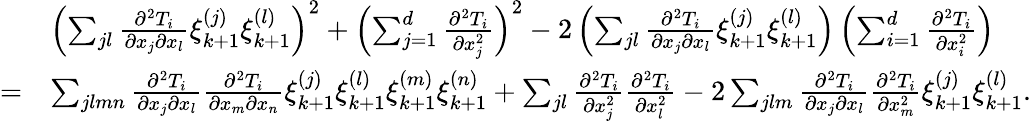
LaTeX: \begin{array}{rl}&{\left(\sum_{jl}\frac{\partial^{2}T_{i}}{\partial x_{j}\partial x_{l}}\xi_{k+1}^{(j)}\xi_{k+1}^{(l)}\right)^{2}+\left(\sum_{j=1}^{d}\frac{\partial^{2}T_{i}}{\partial x_{j}^{2}}\right)^{2}-2\left(\sum_{jl}\frac{\partial^{2}T_{i}}{\partial x_{j}\partial x_{l}}\xi_{k+1}^{(j)}\xi_{k+1}^{(l)}\right)\left(\sum_{i=1}^{d}\frac{\partial^{2}T_{i}}{\partial x_{i}^{2}}\right)}\\ {=}&{\sum_{jlmn}\frac{\partial^{2}T_{i}}{\partial x_{j}\partial x_{l}}\frac{\partial^{2}T_{i}}{\partial x_{m}\partial x_{n}}\xi_{k+1}^{(j)}\xi_{k+1}^{(l)}\xi_{k+1}^{(m)}\xi_{k+1}^{(n)}+\sum_{jl}\frac{\partial^{2}T_{i}}{\partial x_{j}^{2}}\frac{\partial^{2}T_{i}}{\partial x_{l}^{2}}-2\sum_{jlm}\frac{\partial^{2}T_{i}}{\partial x_{j}\partial x_{l}}\frac{\partial^{2}T_{i}}{\partial x_{m}^{2}}\xi_{k+1}^{(j)}\xi_{k+1}^{(l)}.}\end{array}